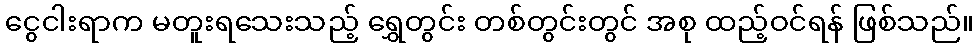
ငွေငါးရာက မတူးရသေးသည့် ရွှေတွင်း တစ်တွင်းတွင် အစု ထည့်ဝင်ရန် ဖြစ်သည်။